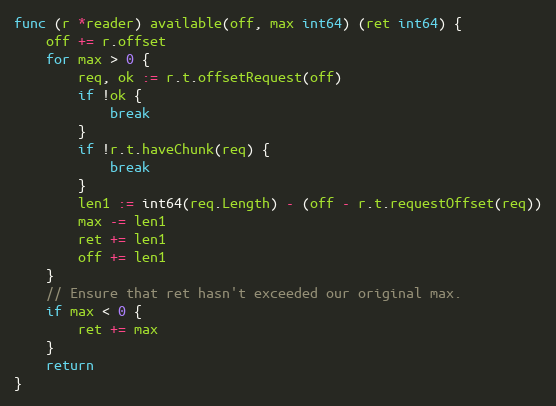
Language: Go
func (r *reader) available(off, max int64) (ret int64) {
	off += r.offset
	for max > 0 {
		req, ok := r.t.offsetRequest(off)
		if !ok {
			break
		}
		if !r.t.haveChunk(req) {
			break
		}
		len1 := int64(req.Length) - (off - r.t.requestOffset(req))
		max -= len1
		ret += len1
		off += len1
	}
	// Ensure that ret hasn't exceeded our original max.
	if max < 0 {
		ret += max
	}
	return
}